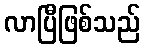
လာပြီဖြစ်သည်